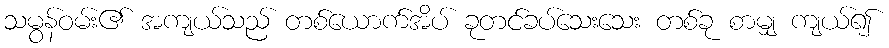
သမွန်ဝမ်း၏ အကျယ်သည် တစ်ယောက်အိပ် ခုတင်ခပ်သေးသေး တစ်ခု စာမျှ ကျယ်၍